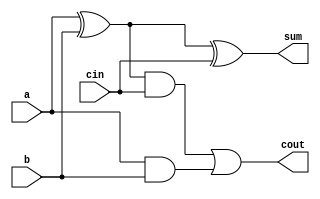
module fullAdder (
  input a, b, cin,
  output cout, sum
);
  assign sum = (a ^ b) ^ cin;
  assign cout = ((a ^ b) & cin) | (a & b);
endmodule

module top_module (
  input [7:0] a,
  input [7:0] b,
  output [7:0] s,
  output overflow
);

  wire [7:0] cout;
  fullAdder fa0(a[0], b[0], 1'b0, cout[0], s[0]);

  genvar i;
  generate
    for (i = 1; i < 8; i = i + 1) begin : fullAdder
      fullAdder fa(a[i], b[i], cout[i-1], cout[i], s[i]);
    end
  endgenerate

  assign overflow = ((s[7] ^ a[7]) & (a[7] ~^ b[7]));

endmodule